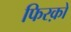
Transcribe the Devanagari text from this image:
फिरक़ों